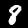
Label: 8